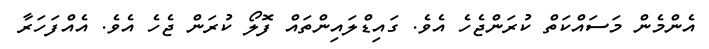
އެންމެން މަސައްކަތް ކުރަންޖެހެ އެވެ. ގައިޑްލައިންތައް ފޮލޯ ކުރަން ޖެހެ އެވެ. އެއްފަހަރާ